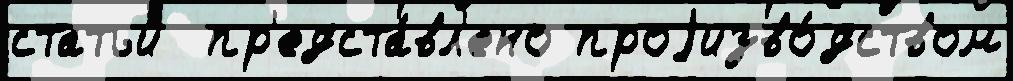
статьи́  пр'едста́вл'ено проjизво́дством